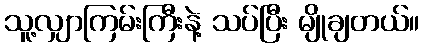
သူ့လျှာကြမ်းကြီးနဲ့ သပ်ပြီး မျိုချတယ်။